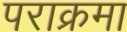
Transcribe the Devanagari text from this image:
पराक्रमा